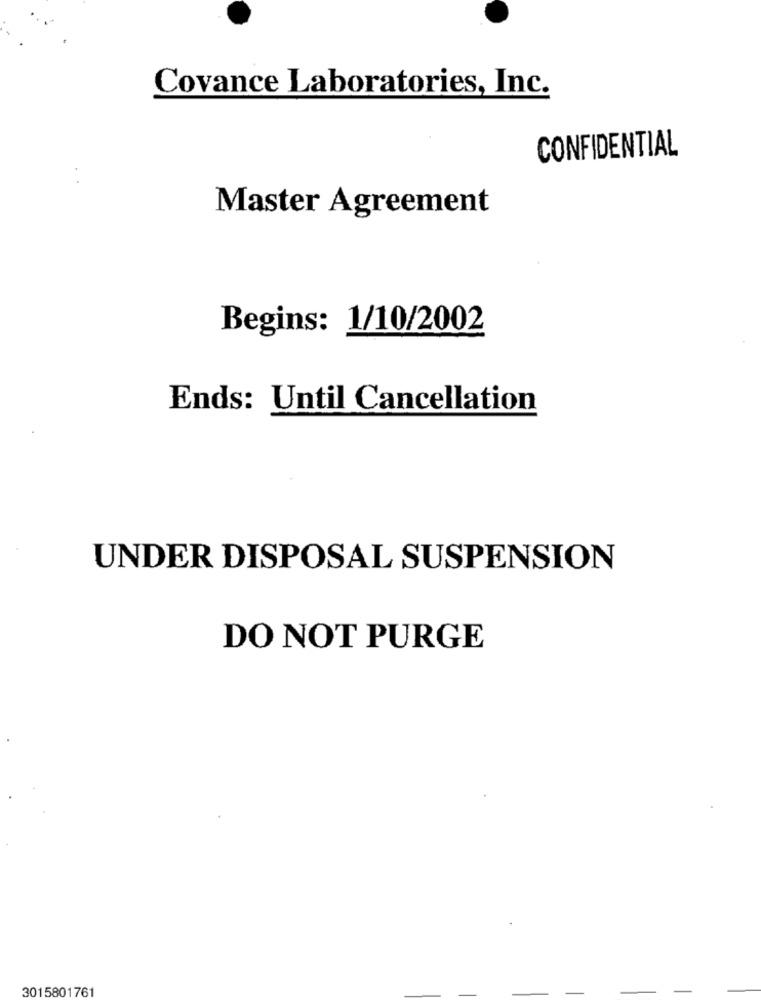
Covance Laboratories, Inc.
CONFIDENTIAL
. .
Master Agreement
Begins: 1/10/2002
Ends: Until Cancellation
UNDER DISPOSAL SUSPENSION
DO NOT PURGE
3015801761